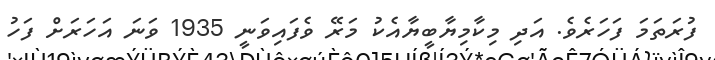
ފުރަތަމަ ފަހަރެވެ. އަދި މިކާމިޔާބީޔާއެކު މަރޭ ވެފައިވަނީ 1935 ވަނަ އަހަރަށް ފަހު